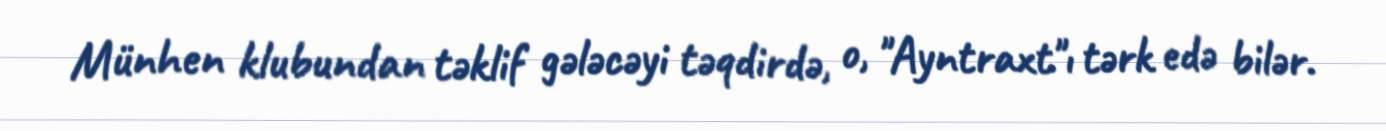
Münhen klubundan təklif gələcəyi təqdirdə, o, "Ayntraxt"ı tərk edə bilər.